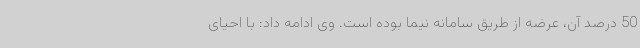
50 درصد آن، عرضه از طریق سامانه نیما بوده است. وی ادامه داد: با احیای